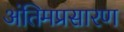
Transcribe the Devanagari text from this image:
अंतिमप्रसारण